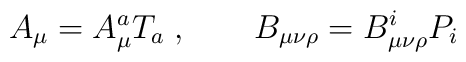
A_{\mu} = A_{\mu}^a T_a \; , \qquad B_{\mu\nu\rho} = B_{\mu\nu\rho}^i P_i